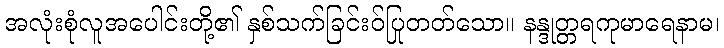
အလုံးစုံလူအပေါင်းတို့၏ နှစ်သက်ခြင်းဝ်ပြုတတ်သော။ နန္ဒုတ္တရကုမာရေနာမ၊